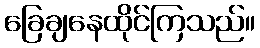
ခြေချနေထိုင်ကြသည်။